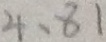
4 \cdot 8 1